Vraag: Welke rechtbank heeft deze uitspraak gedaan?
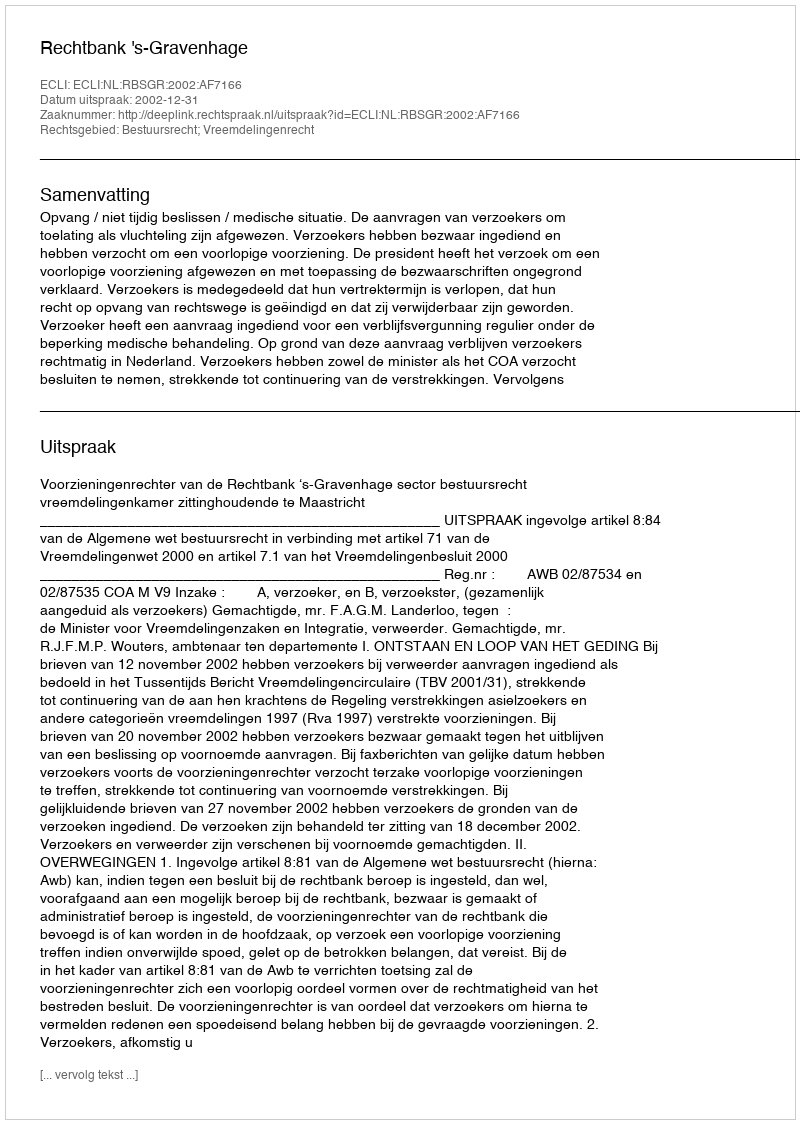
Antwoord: Rechtbank 's-Gravenhage